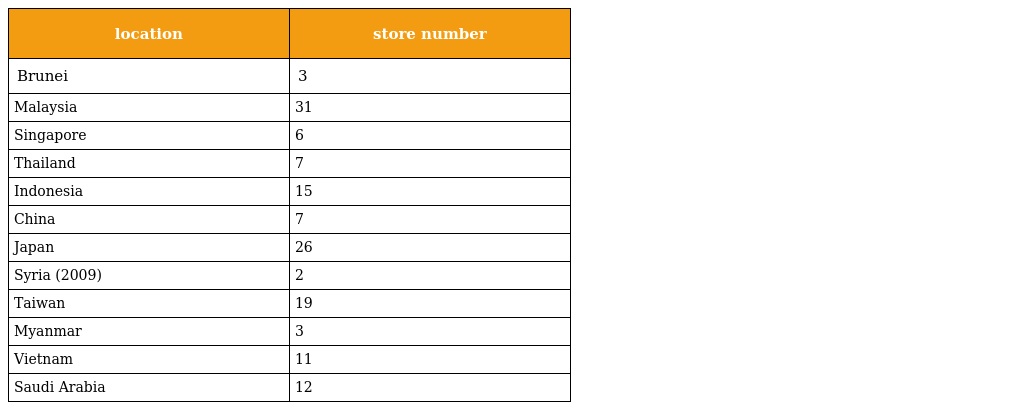
| location | store number |
 | --- | --- |
 | Brunei | 3 |
 | Malaysia | 31 |
 | Singapore | 6 |
 | Thailand | 7 |
 | Indonesia | 15 |
 | China | 7 |
 | Japan | 26 |
 | Syria (2009) | 2 |
 | Taiwan | 19 |
 | Myanmar | 3 |
 | Vietnam | 11 |
 | Saudi Arabia | 12 |